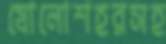
ষোলোশহরসহ